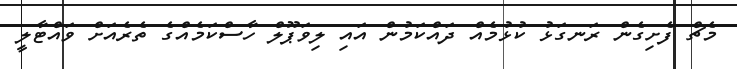
މެޗް ފެށިގެން ރަނގަޅު ކުޅުމެއް ދައްކަމުން އައި ލިވަޕޫލް ހާސްކަމެއްގެ ތެރެއަށް ވައްޓާލީ